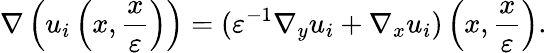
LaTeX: \nabla\left(u_{i}\left(x,\frac{x}{\varepsilon}\right)\right)=(\varepsilon^{-1}\nabla_{y}u_{i}+\nabla_{x}u_{i})\left(x,\frac{x}{\varepsilon}\right).